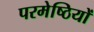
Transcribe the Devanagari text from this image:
परमेष्ठियों